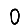
Digit: 0